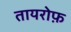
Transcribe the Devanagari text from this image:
तायरोफ़